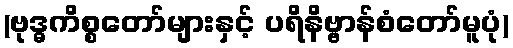
(ဗုဒ္ဓကိစ္စတော်များနှင့် ပရိနိဗ္ဗာန်စံတော်မူပုံ)